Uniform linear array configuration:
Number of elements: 12
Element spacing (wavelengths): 1
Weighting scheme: uniform
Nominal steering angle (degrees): -60
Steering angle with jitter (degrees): -60.125
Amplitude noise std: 0.05
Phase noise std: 0.05

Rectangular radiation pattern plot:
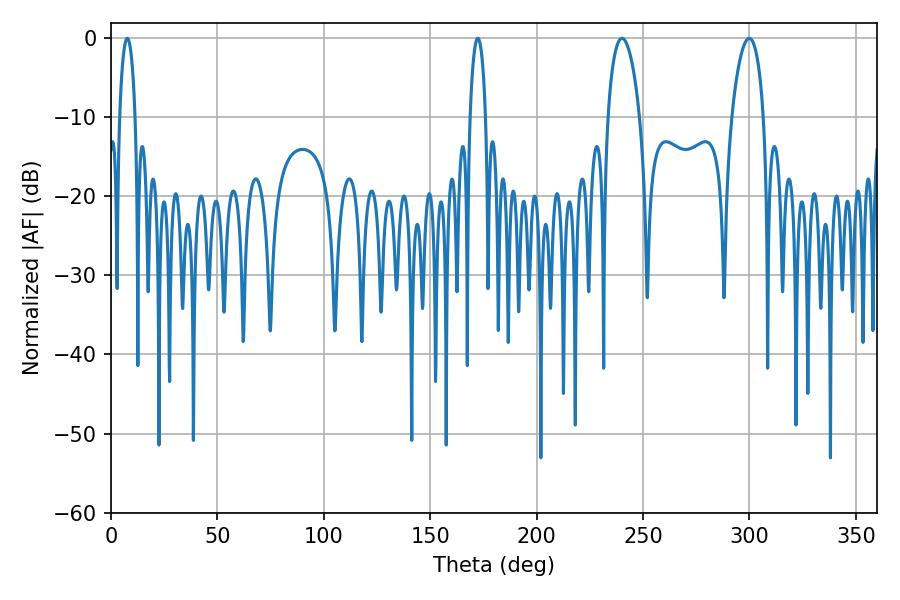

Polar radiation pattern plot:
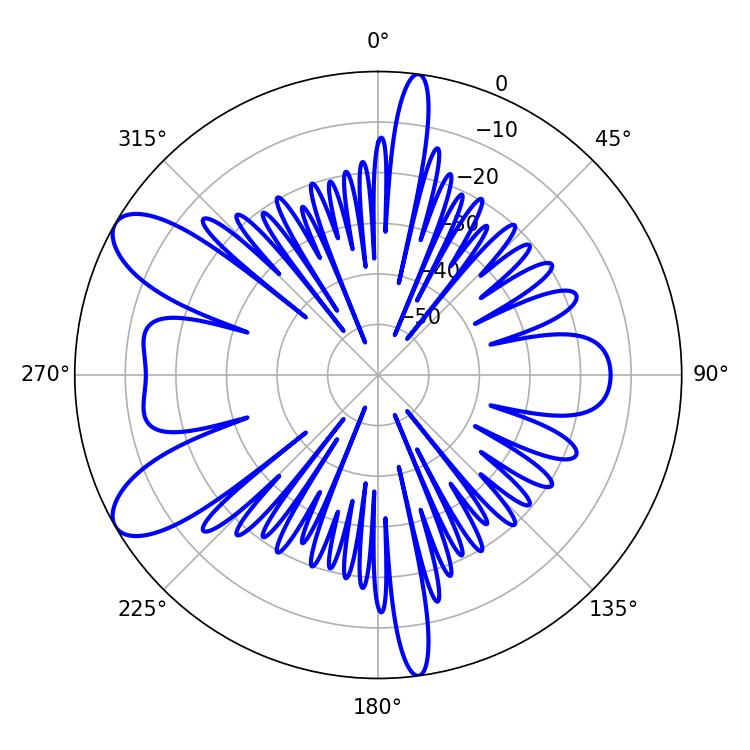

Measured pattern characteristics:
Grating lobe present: TRUE
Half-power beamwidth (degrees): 8.46
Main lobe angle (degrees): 299.88